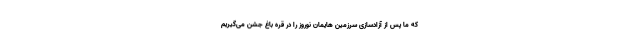
که ما پس از آزادسازی سرزمین هایمان نوروز را در قره باغ جشن می‌گیریم